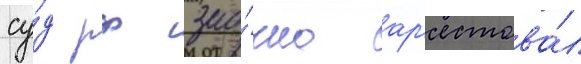
су́д рф зао́чно ар'естова́л